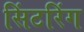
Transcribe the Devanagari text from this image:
सिंटरिंग